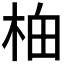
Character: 𬂯